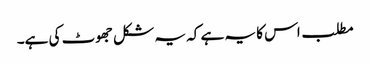
مطلب اس کا یہ ہے کہ یہ شکل جھوٹ کی ہے۔